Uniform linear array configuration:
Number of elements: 8
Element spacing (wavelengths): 0.25
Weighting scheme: kaiser
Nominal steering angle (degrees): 0
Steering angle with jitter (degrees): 0.2857
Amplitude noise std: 0.05
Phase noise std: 0.05

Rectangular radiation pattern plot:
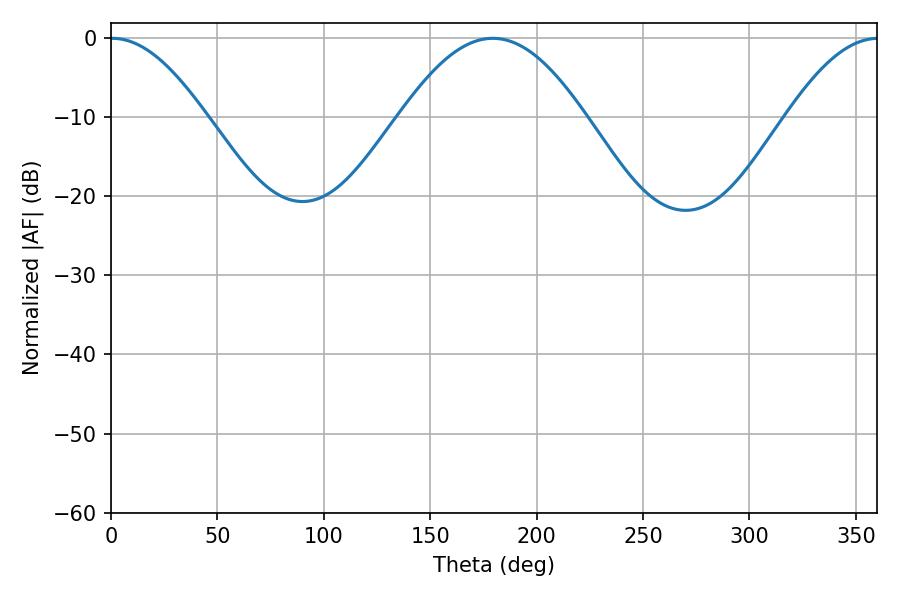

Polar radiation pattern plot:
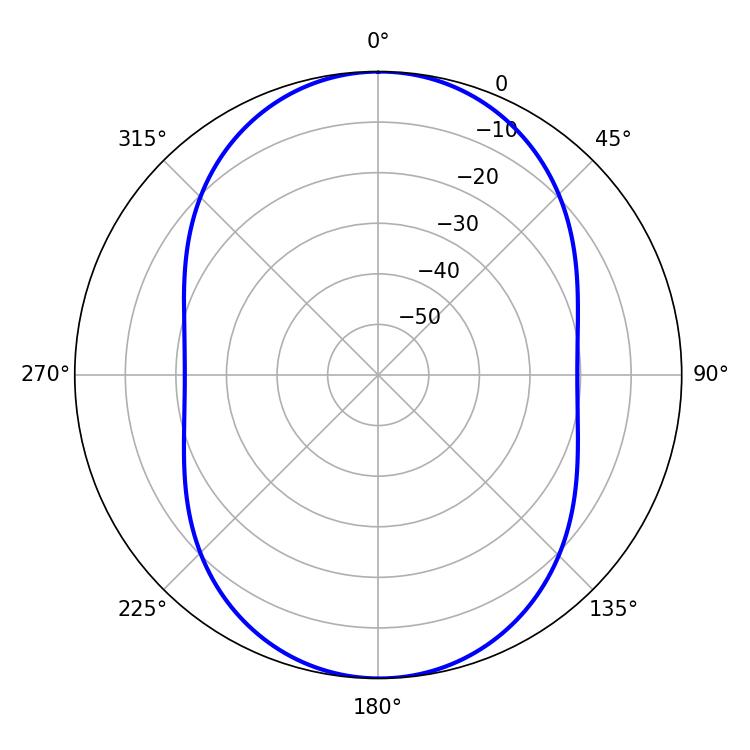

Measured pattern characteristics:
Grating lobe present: FALSE
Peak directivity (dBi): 18.987
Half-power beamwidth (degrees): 24.3
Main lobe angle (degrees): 0.54